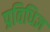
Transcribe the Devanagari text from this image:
प्रविधिज्ञ